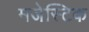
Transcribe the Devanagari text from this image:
मजेस्टिक